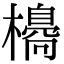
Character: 𣝼